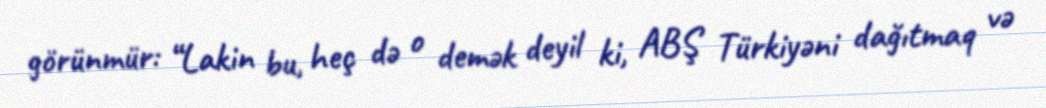
görünmür: “Lakin bu, heç də o demək deyil ki, ABŞ Türkiyəni dağıtmaq və